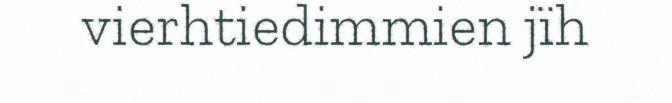
vierhtiedimmien jïh